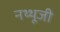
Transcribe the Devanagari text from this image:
नथ्थूजी